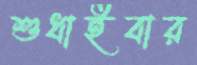
শুধাইবার